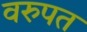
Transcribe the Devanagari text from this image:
वरुपत